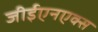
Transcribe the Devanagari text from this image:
जीईएनएक्स